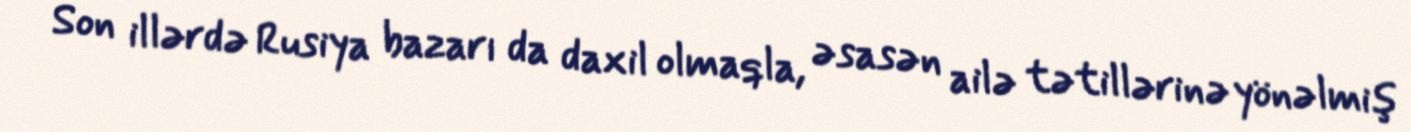
Son illərdə Rusiya bazarı da daxil olmaqla, əsasən ailə tətillərinə yönəlmiş